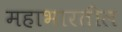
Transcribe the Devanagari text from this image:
महाभारतील